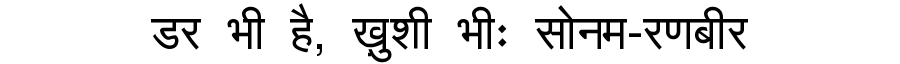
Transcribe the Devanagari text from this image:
डर भी है, ख़ुशी भीः सोनम-रणबीर